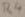
Text: R4